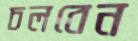
চলবেন